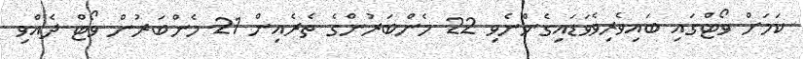
ކަމަަށް ވޯޓްގައި ބައިވެރިވެވަޑައިގެންނެވި 22 މެންބަރުންގެ ތެރެއިން 21 މެންބަރުން ވޯޓް ދެއްވި